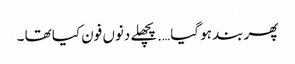
پھر بند ہو گیا ….پچھلے دنوں فون کیا تھا ۔